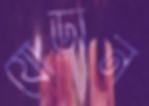
যোড়ান